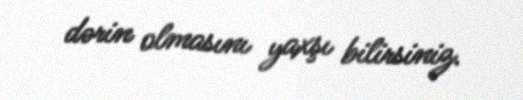
dərin olmasını yaxşı bilirsiniz.